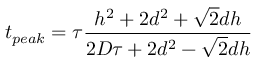
t _ { p e a k } = \tau \frac { h ^ { 2 } + 2 d ^ { 2 } + \sqrt { 2 } d h } { 2 D \tau + 2 d ^ { 2 } - \sqrt { 2 } d h }